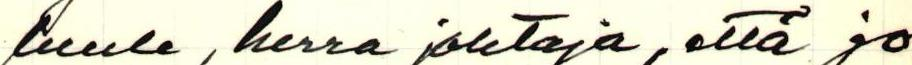
luule, herra johtaja, että jo